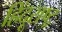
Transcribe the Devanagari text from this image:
हिंदूराष्ट्र